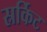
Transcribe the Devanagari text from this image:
स्रर्किट